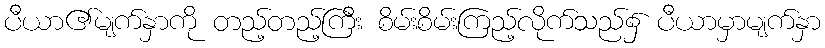
ပီယာ၏မျက်နှာကို တည့်တည့်ကြီး စိမ်းစိမ်းကြည့်လိုက်သည်၌ ပီယာမှာမျက်နှာ